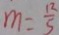
m = \frac { 1 2 } { 5 }